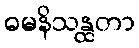
ဓမနိသန္ထတာ